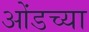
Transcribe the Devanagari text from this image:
ओंडच्या